King Institute of Preventive Medicine Micro-Biological Section reports 1909-11
Year: 1909
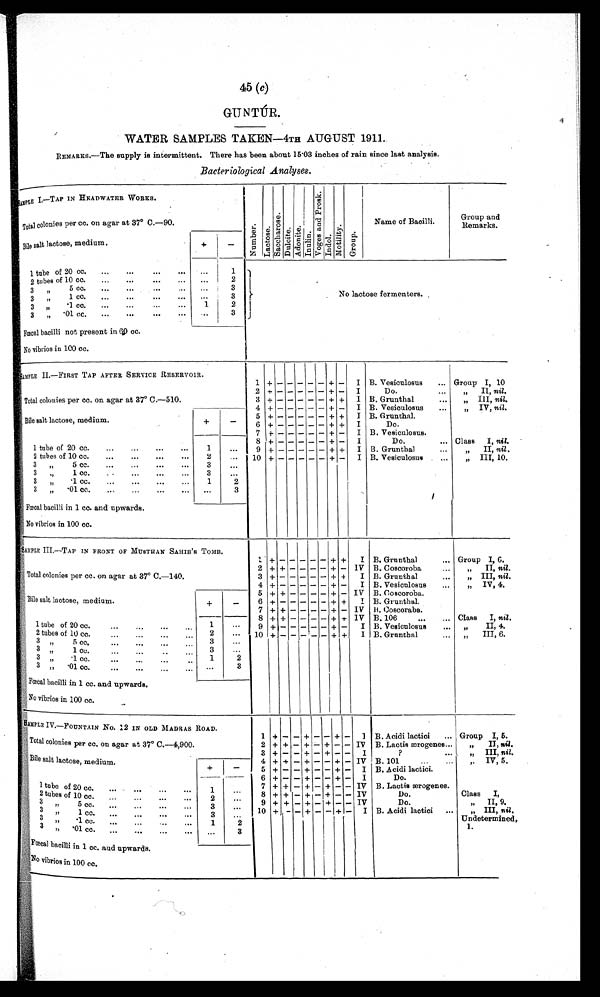
45 (c
)
GUNTÚR.
WATER SAMPLES TAKEN—4TH AUGUST 1911.
REMARKS.—The supply is intermittent. There has been about 15.03 inches of rain since last analysis.
Bacteriological Analyses.
SAMPLE I.—TAP IN HEADWATER WORKS.
N u m b e r .
L a c t o a e .
S a c c h a r o s e .
D u l o i t e . A d o n i t e . I n u l i n .
V o g e s a n d P r o s k .
I n d o l .
M o d a l i t y . G r o u p .
Name of Bacilli.
Group and
Remarks.
Total colonies per cc. on agar at 37° C.—90.
Bile salt lactose, medium.
+
-
1 tube of 20 cc.
...
...
...
...
. . .
1
No lactose fermenters.
2 tubes of 10 cc.
...
...
...
...
. . .
2
3
„ 5 c c .
. . .
. . . .
...
3
3
„
1 c c .
. . .
. . .
. . .
. . .
. . .
3
3
„
.1 cc.
...
...
...
. . .
1
2
3
„
.01 cc.
...
...
...
. . .
. . .
3
Fœcal bacilli not present in 60 cc.
No vibrios in 100 cc.
SAMPLE II.—FIRST TAP AFTER SERVICE RESERVOIR.
1 + -
- - - - + - I B. Vesiculosus
... Group I, 10.
2 + -
- - - - + - I
Do.
...
„
II, nil.
Total colonies per cc. on agar at 37° C.—510.
3 + -
- - - - + + I B. Grunthal
...
„ I I I ,
n i l
.
4 + -
- - - - + - I B. Vesiculosus
...
„
IV, nil .
Bile salt lactose, medium.
+
-
5 + -
- - - - + + I B. Grunthal .
6 + -
- - - - + + I
Do.
7 + -
- - - - + - I B. Vesiculosus.
1 tube of 20 cc.
...
...
...
...
1
...
8 + -
- - - - + - I
Do.
... Class
I, nil.
9 + -
- - - - + + I B. Grunthal
...
„ I I ,
n i l .
2 tubes of 10 cc.
...
...
...
. . .
2
. . .
1 0 + -
- - - - + - I B. Vesiculosus
...
„
III, 10.
3
„
5 cc.
...
...
...
. . .
3
...
3
„
1 cc.
...
...
...
3
. . .
3
„
.1 cc.
...
...
...
...
1
2
3
„
. 0 1 c c .
. . ,
. . .
. . .
. . . ...
3
Fœcal bacilli in 1 cc. and upwards.
No vibrios in 100 cc.
SAMPLE III.–—TAP IN FRONT OF MUSTHAN SAHIB'S TOMB.
1
+
-
- - - -
+ +
I B. Grunthal
... Group I, 6..
Total colonies per cc. on agar at 37° C.—140.
2
+ +
- - - - +
- IV B. Coscoroba
...
„
I I ,n
i l .
3
+ -
- - - - + +
I B. Grunthal
...
„
III, nil.
4
+ -
- - - - +
- I B. Vesiculosus
...
„
IV, 4.
Bile salt lactose, medium.
+
-
5
+ +
- - - - +
- IV B. Coscoroba.
6
+ -
- - - - +
+ I B. Grunthal.
7
+ +
- - - - +
- IV B. Coscoraba.
1 tube of 20 cc.
...
...
...
...
1
...
8
++
- - - - +
+ IV B. 106
...
... Class
I, nil.
9
+ -
- - - - +
- I B. Vesiculosus
... „
II, 4.
2 tubes of 10 cc.
... ...
2
. . .
1 0
+ -
- - - - +
+ 1 B. Grunthal
...
„
I I I , 6 .
3 „
5 cc.
...
...
3
...
3 „
1 cc.
...
...
3
...
3 „
.1 cc.
...
...
1
2
3 „
. 0 1 c c .
. . .
. . .
. . .
. . .
. . .
3
Fœcal bacilli in 1 cc. and upwards.
No vibrios in 100 cc.
SAMPLE IV.—FOUNTAIN No. 12 IN OLD MADRAS ROAD.
1
+
- - + - - + - I B. Acidi lactici
... Group I, 5.
Total colonies per cc. on agar at 37° C.—4,900.
2 +
+ - + - + - - IV B. Lactis ærogenes ...
„
Do
n . i l .
3
+
- - + - + - - I
?
...
„ I I I ,
n i l .
Bile salt lactose, medium.
+
-
4 +
+ - + - - + - IV B. 101
...
„ I V , 5 .
5
+
- - + - - + - I B. Acidi lactici.
1 tube of 20 cc. . . .
...
6
+
- - + - - + - I
Do.
7
+
+ - + - + - - IV B. Lactis ærogenes.
2 tubes of 10 cc.
. . .
. . .
. . .
1
. . .
8
+
+ - + - + - - IV
Do.
...
Class
I,
3
5 c c . . . .
2
. . . 9
+
+ - + - + - - IV
Do.
...
„
II, 9.
3
„
1 c c .
. . .
3
. . .
1 0 +
- - + - - + - I B. Acidi lactici
...
„ III, nil .
3
„
.1 cc.
...
...
...
...
1
2
Undetermined,1.
3
„ . 0 1 c c .
. . .
. . .
. . .
3
Fœcal bacilli in 1 cc. and upwards.
vibrios in 100 cc.